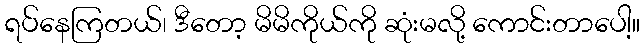
ရပ်နေကြတယ်၊ ဒီတော့ မိမိကိုယ်ကို ဆုံးမလို့ ကောင်းတာပေါ့။